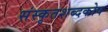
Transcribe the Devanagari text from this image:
संस्कृतशब्दकोष